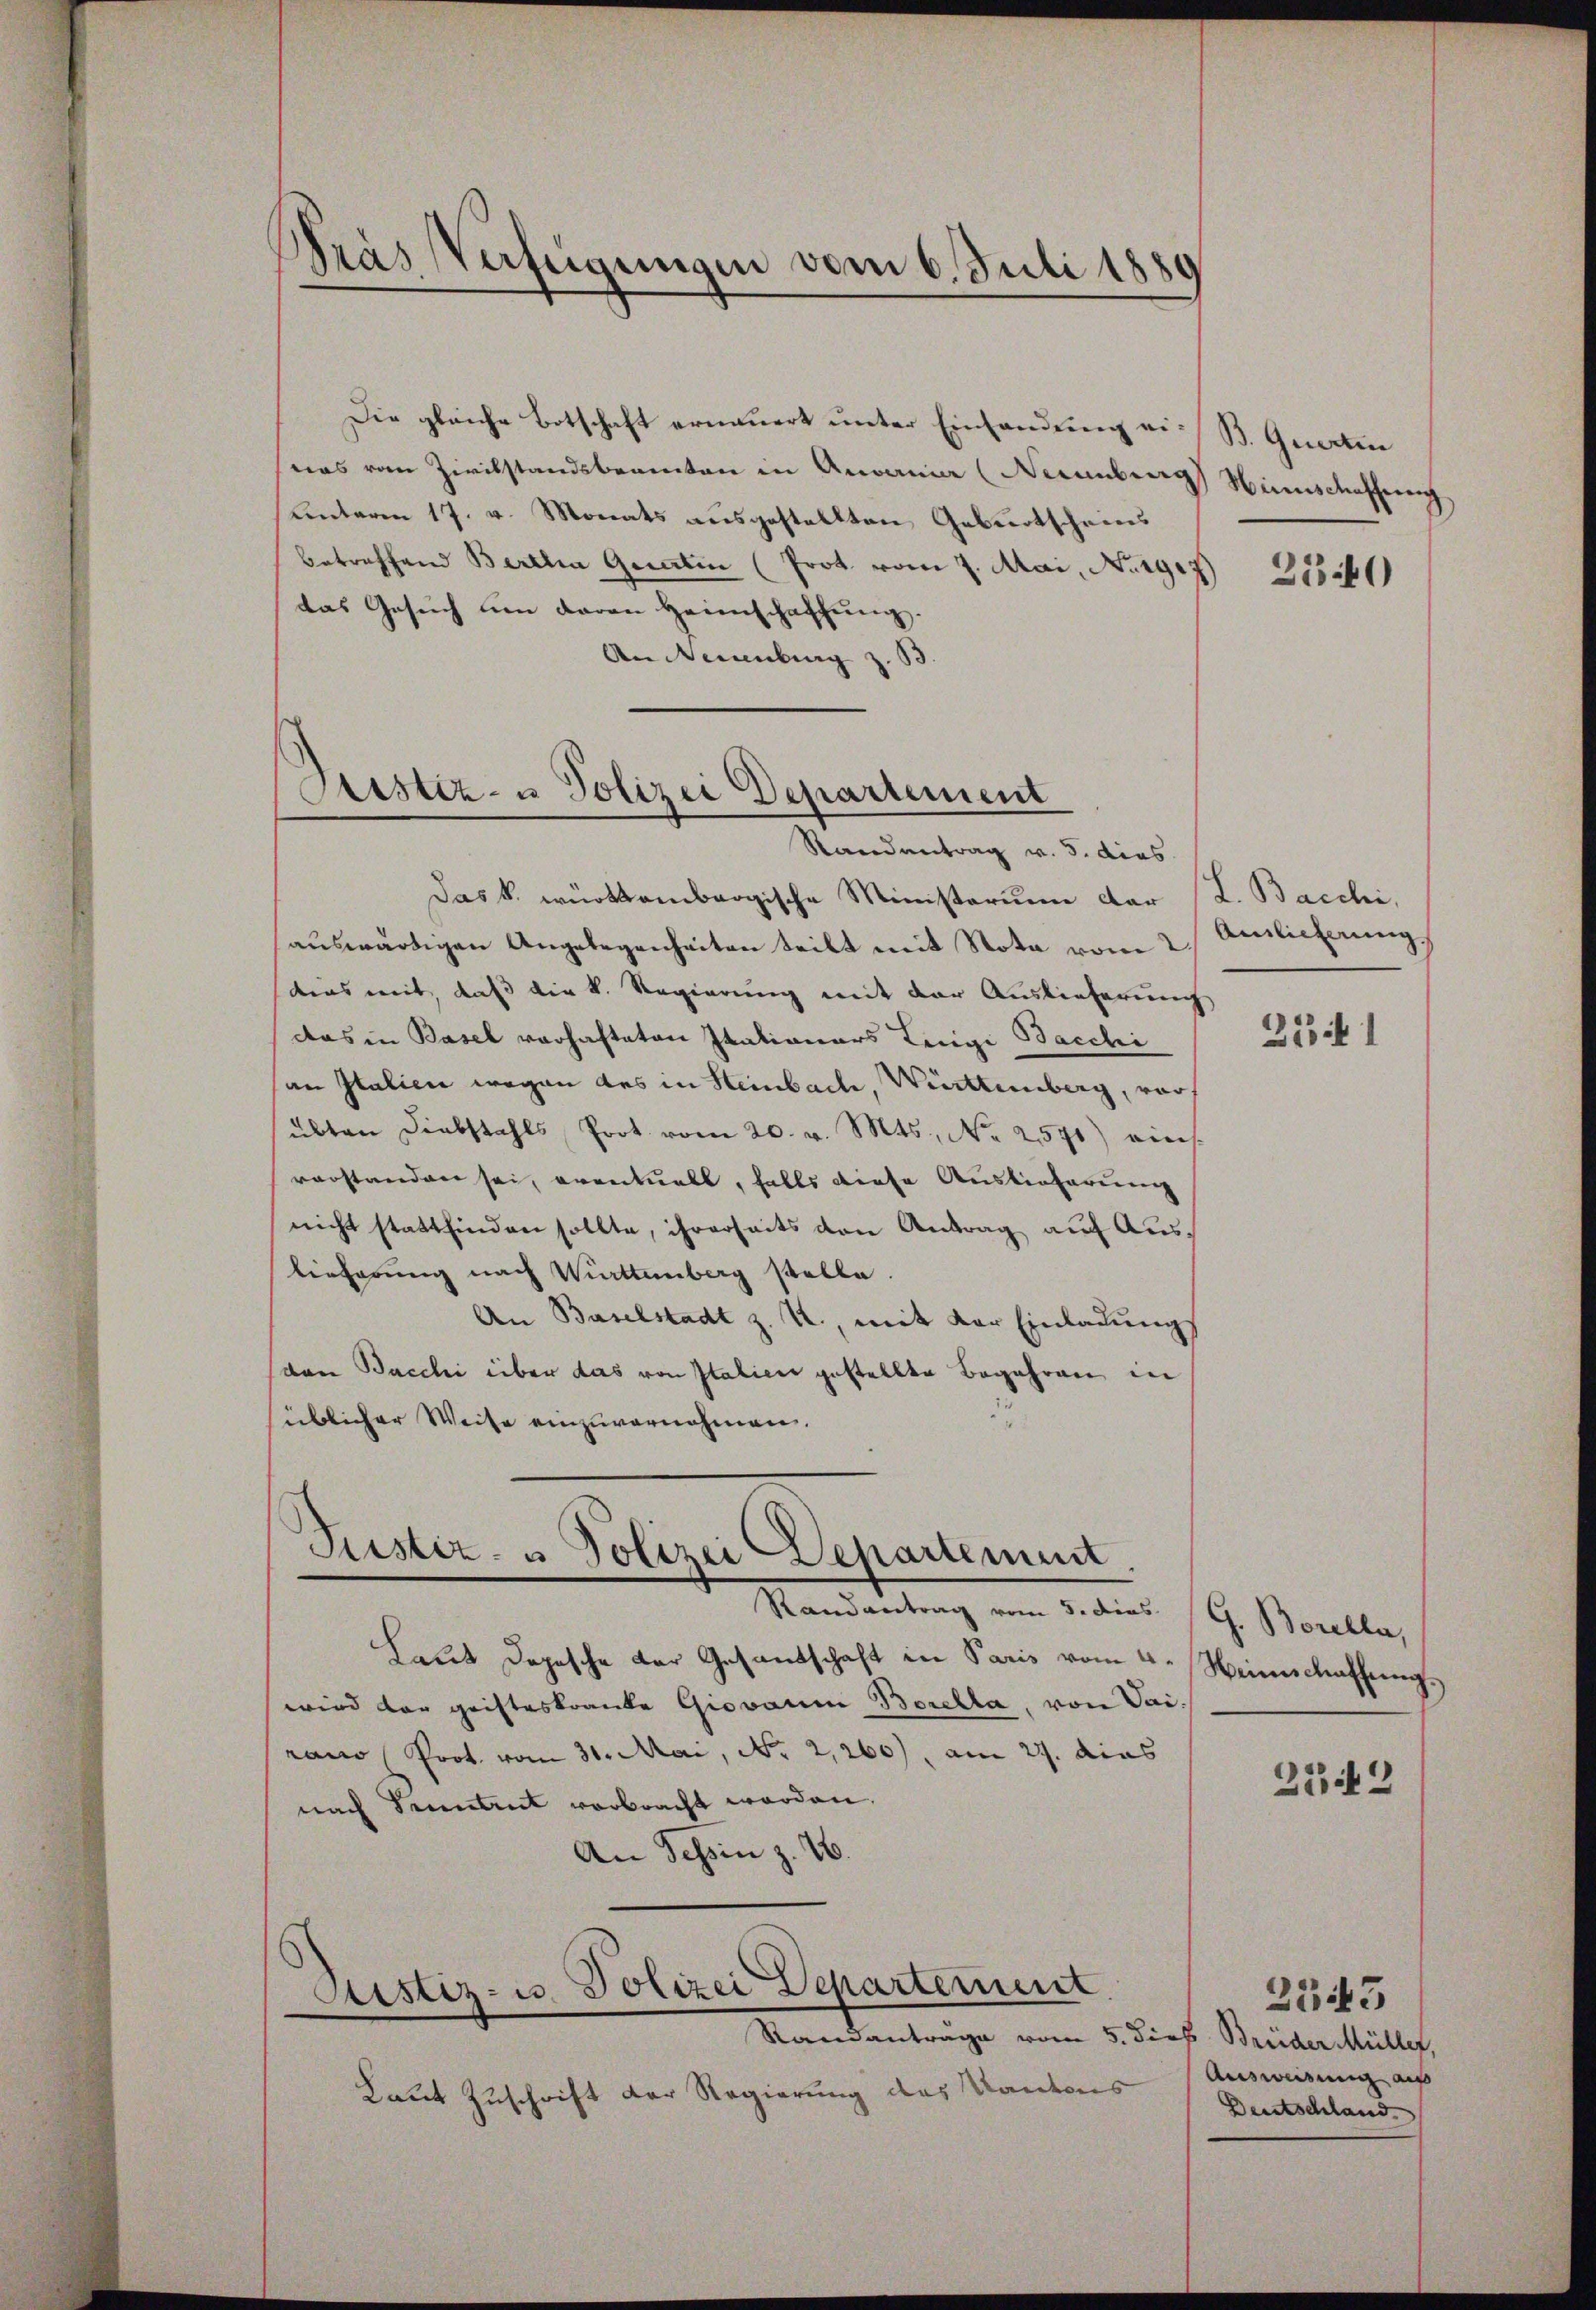
Pras Verfügungen vom 6. Juli 1889

was vom Zirikstandsbeamten in Anoania (Neuenburg
Kentaren 17. v. Monats ausgestellten Geburtscheins
betreffend Bertha Guartin (Prot vom 7. Mai, Norg.7)
das Gesŭch um daran Heimschaffŭng.
Andenburg z.

Sistiz- u Polizei Departement

Randantrag v. 5. dies
Das k. württembergische Ministerium dar
auswärtigen Angelegenheiten teilt mit Nota vom 2
dies mit, daß die k. Regierung mit der Auslieferung
das in Basel vorhafteten Italianars Lingi Bacchi
an Italien wegen des in Steinbach, Württemberg, vor
übten Diebstahls Prot. vom 20. v. Mts., Nr. 2571) eins
vorstanden sei, eventuell, falls diese Auslieferung
nicht stattfinden sollte, ihrerseits den Antrag auf Auslieferung nach Württemberg stelle.
An Baselstadt z. R., mit der Einladung
(von Bacchi über das von Italien gestellte Begehren in
üblicher Weise einzuvernehmen.

Justiz- u Polizei Departement

Die gleiche Botschaft erneuert unter Einlandung ei¬

Randantrag vom 5. dies G. Borella,
Laut Depesche der Gesandschaft in Paris vom 4. Neinschaffengwird der gristeskranke Giovaum Borella, von Vairano Prot. vom 31. Mai, No 2,260), am 27. dies
nach Sentent verbracht worden.
An Schin z. 16.

Sistiz- u. Polizei Departement
Standanträge vom 5. Si

Laut Zuschrift der Regierung des Kantons

B. Quarten
Hinnschaffung

2340

L. Bacchi,
Ainlicherung

323 f 1

2242

es Breider Müller,
Ausweisung auf
Deutschland

2345